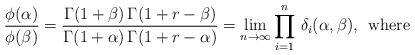
LaTeX: \begin{align*}\frac{\phi(\alpha)}{\phi(\beta)}=\frac{\Gamma(1+\beta)\,\Gamma(1+r-\beta)}{\Gamma(1+\alpha)\,\Gamma(1+r-\alpha)}=\lim_{n\rightarrow\infty} \prod_{i=1}^n \,\delta_i(\alpha,\beta),\,\mbox{ where}\end{align*}